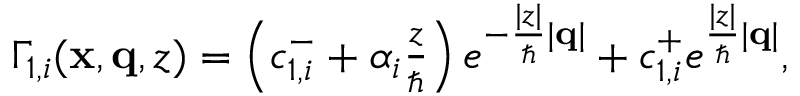
\begin{array} { r } { \Gamma _ { 1 , i } ( \mathbf { x } , \mathbf { q } , z ) = \left( c _ { 1 , i } ^ { - } + \alpha _ { i } \frac { z } { \hbar } \right) e ^ { - \frac { | z | } { \hbar } | \mathbf { q } | } + c _ { 1 , i } ^ { + } e ^ { \frac { | z | } { \hbar } | \mathbf { q } | } , } \end{array}